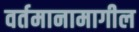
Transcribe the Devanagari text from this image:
वर्तमानामागील